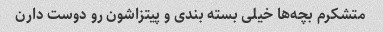
متشکرم بچه‌ها خیلی بسته بندی و پیتزاشون رو دوست دارن